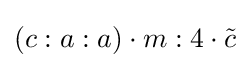
(c:a:a)\cdot m:4\cdot {\tilde {c}}